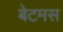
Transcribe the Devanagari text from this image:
बेटमस